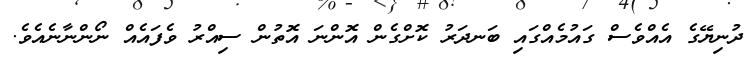
ދުނިޔޭގެ އެއްވެސް ގައުމެއްގައި ބަނދަރު ކޮށްގެން އޮންނަ އޮތުން ސިއްރު ވެފައެއް ނޯންނާނެއެވެ.